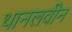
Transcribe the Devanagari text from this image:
थानलवीन